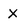
Character: x